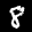
Label: 8